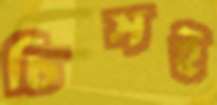
চিম্‌সই